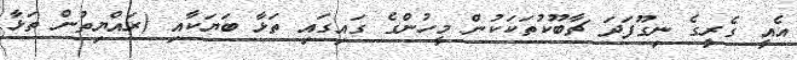
އެއީ ގެރީގެ ނިގޫފަދަ ޗާބޫކުތަކަކުން މީހުންގެ ގައިގައި ތަޅާ ބަޔަކާއި (ރައްޔިތުން ތަޅާ